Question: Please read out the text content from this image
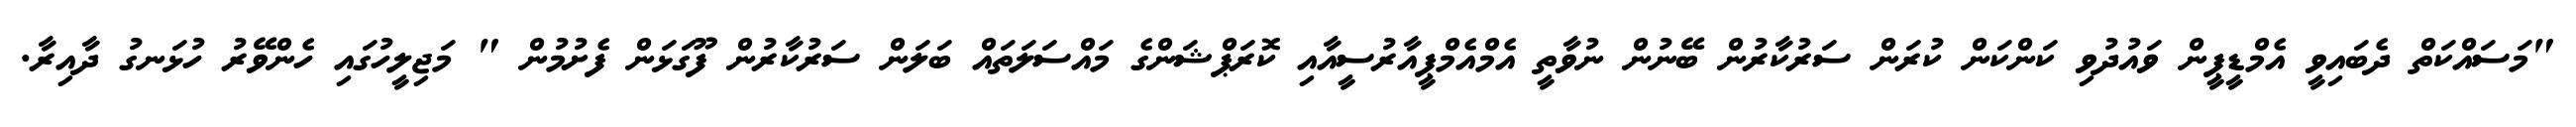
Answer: "މަސައްކަތް ދެބައިވީ އެމްޑީޕީން ވައުދުވި ކަންކަން ކުރަން ސަރުކާރުން ބޭނުން ނުވާތީ އެމްއެމްޕީއާރުސީއާއި ކޮރަޕްޝަންގެ މައްސަލަތައް ބަލަން ސަރުކާރުން ފޫގަޅަން ފެށުމުން " މަޖިލީހުގައި ހެންވޭރު ހުޅަނގު ދާއިރާ.